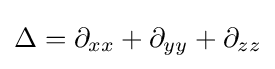
\Delta =\partial _{xx}+\partial _{yy}+\partial _{zz}